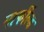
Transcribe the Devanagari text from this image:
गार्फील्ड